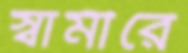
স্বামীরে